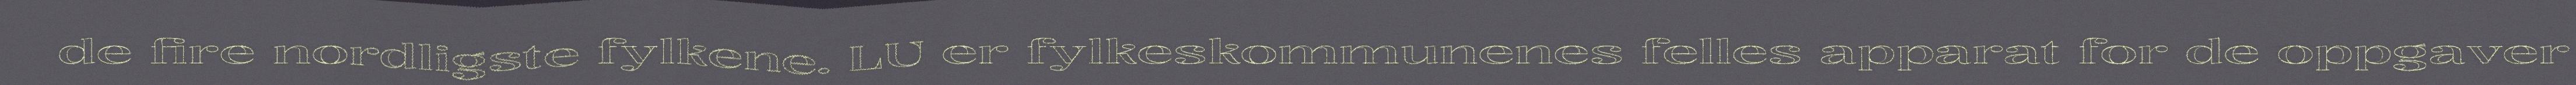
de fire nordligste fylkene. LU er fylkeskommunenes felles apparat for de oppgaver